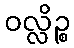
ဝလ္လိဉ္စ